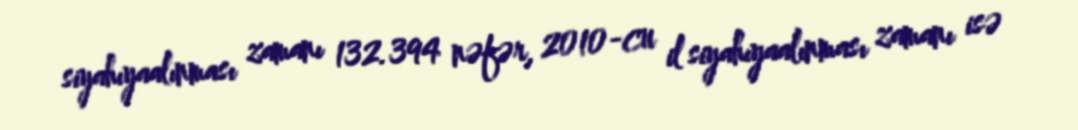
siyahıyaalınması zamanı 132.394 nəfər, 2010-cu il siyahıyaalınması zamanı isə